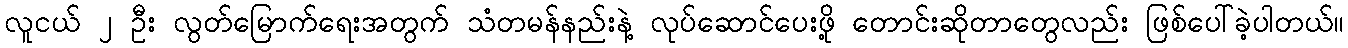
လူငယ် ၂ ဦး လွတ်မြောက်ရေးအတွက် သံတမန်နည်းနဲ့ လုပ်ဆောင်ပေးဖို့ တောင်းဆိုတာတွေလည်း ဖြစ်ပေါ်ခဲ့ပါတယ်။